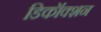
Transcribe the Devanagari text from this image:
डिकॉक्शन